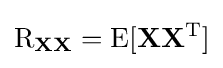
\operatorname {R} _{\mathbf {X} \mathbf {X} }=\operatorname {E} [\mathbf {X} \mathbf {X} ^{\mathrm {T} }]